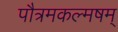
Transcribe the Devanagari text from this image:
पौत्रमकल्मषम्